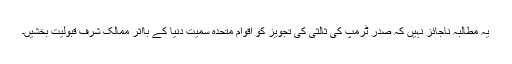
یہ مطالبہ ناجائز نہیں کہ صدر ٹرمپ کی ثالثی کی تجویز کو اقوام متحدہ سمیت دنیا کے بااثر ممالک شرف قبولیت بخشیں۔